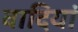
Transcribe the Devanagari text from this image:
वादियां